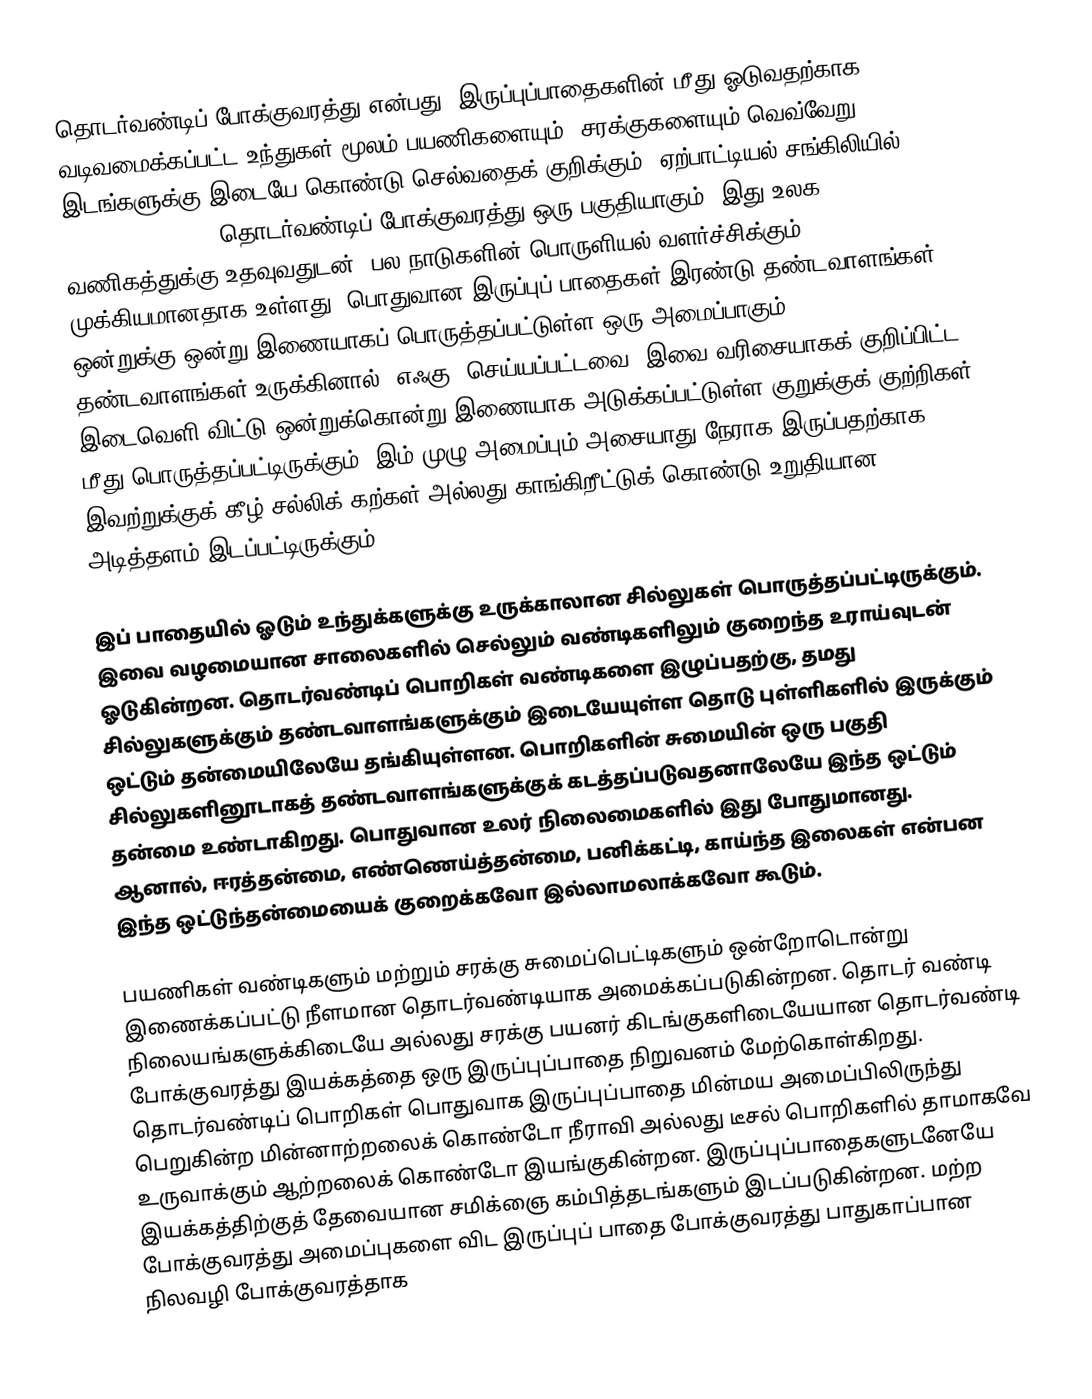
தொடர்வண்டிப் போக்குவரத்து என்பது, இருப்புப்பாதைகளின் மீது ஓடுவதற்காக வடிவமைக்கப்பட்ட உந்துகள் மூலம் பயணிகளையும், சரக்குகளையும் வெவ்வேறு இடங்களுக்கு இடையே கொண்டு செல்வதைக் குறிக்கும். ஏற்பாட்டியல் சங்கிலியில் (logistics chain) தொடர்வண்டிப் போக்குவரத்து ஒரு பகுதியாகும். இது உலக வணிகத்துக்கு உதவுவதுடன், பல நாடுகளின் பொருளியல் வளர்ச்சிக்கும் முக்கியமானதாக உள்ளது. பொதுவான இருப்புப் பாதைகள் இரண்டு தண்டவாளங்கள் ஒன்றுக்கு ஒன்று இணையாகப் பொருத்தப்பட்டுள்ள ஒரு அமைப்பாகும். தண்டவாளங்கள் உருக்கினால் (எஃகு) செய்யப்பட்டவை. இவை வரிசையாகக் குறிப்பிட்ட இடைவெளி விட்டு ஒன்றுக்கொன்று இணையாக அடுக்கப்பட்டுள்ள குறுக்குக் குற்றிகள் மீது பொருத்தப்பட்டிருக்கும். இம் முழு அமைப்பும் அசையாது நேராக இருப்பதற்காக இவற்றுக்குக் கீழ் சல்லிக் கற்கள் அல்லது காங்கிறீட்டுக் கொண்டு உறுதியான அடித்தளம் இடப்பட்டிருக்கும்.

இப் பாதையில் ஓடும் உந்துக்களுக்கு உருக்காலான சில்லுகள் பொருத்தப்பட்டிருக்கும். இவை வழமையான சாலைகளில் செல்லும் வண்டிகளிலும் குறைந்த உராய்வுடன் ஓடுகின்றன. தொடர்வண்டிப் பொறிகள் வண்டிகளை இழுப்பதற்கு, தமது சில்லுகளுக்கும் தண்டவாளங்களுக்கும் இடையேயுள்ள தொடு புள்ளிகளில் இருக்கும் ஒட்டும் தன்மையிலேயே தங்கியுள்ளன. பொறிகளின் சுமையின் ஒரு பகுதி சில்லுகளினூடாகத் தண்டவாளங்களுக்குக் கடத்தப்படுவதனாலேயே இந்த ஒட்டும் தன்மை உண்டாகிறது. பொதுவான உலர் நிலைமைகளில் இது போதுமானது. ஆனால், ஈரத்தன்மை, எண்ணெய்த்தன்மை, பனிக்கட்டி, காய்ந்த இலைகள் என்பன இந்த ஒட்டுந்தன்மையைக் குறைக்கவோ இல்லாமலாக்கவோ கூடும்.

பயணிகள் வண்டிகளும் மற்றும் சரக்கு  சுமைப்பெட்டிகளும் ஒன்றோடொன்று இணைக்கப்பட்டு நீளமான தொடர்வண்டியாக அமைக்கப்படுகின்றன. தொடர் வண்டி நிலையங்களுக்கிடையே அல்லது சரக்கு பயனர் கிடங்குகளிடையேயான தொடர்வண்டி போக்குவரத்து இயக்கத்தை  ஒரு இருப்புப்பாதை நிறுவனம் மேற்கொள்கிறது.  தொடர்வண்டிப் பொறிகள் பொதுவாக இருப்புப்பாதை மின்மய அமைப்பிலிருந்து பெறுகின்ற மின்னாற்றலைக் கொண்டோ நீராவி அல்லது டீசல் பொறிகளில் தாமாகவே உருவாக்கும் ஆற்றலைக் கொண்டோ இயங்குகின்றன. இருப்புப்பாதைகளுடனேயே இயக்கத்திற்குத் தேவையான சமிக்ஞை கம்பித்தடங்களும்  இடப்படுகின்றன. மற்ற போக்குவரத்து அமைப்புகளை விட இருப்புப் பாதை போக்குவரத்து பாதுகாப்பான நிலவழி போக்குவரத்தாக